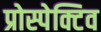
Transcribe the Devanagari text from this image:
प्रोस्पेक्टिव